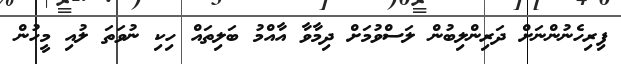
ފިރިހެނުންނަށް ދަރިންލިބުން ލަސްވުމަށް ދިމާވާ އާއްމު ބަލިތައް ހިކި ނުވަތަ ލުއި މީހުން